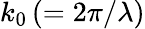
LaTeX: k_{0}\left(=2\pi/\lambda\right)